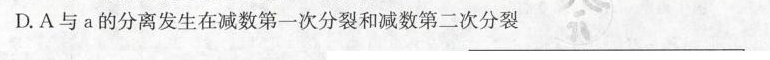
D.A与a的分离发生在减数第一次分裂和减数第二次分裂